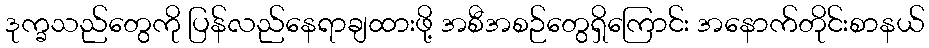
ဒုက္ခသည်တွေကို ပြန်လည်နေရာချထားဖို့ အစီအစဉ်တွေရှိကြောင်း အနောက်တိုင်းစာနယ်